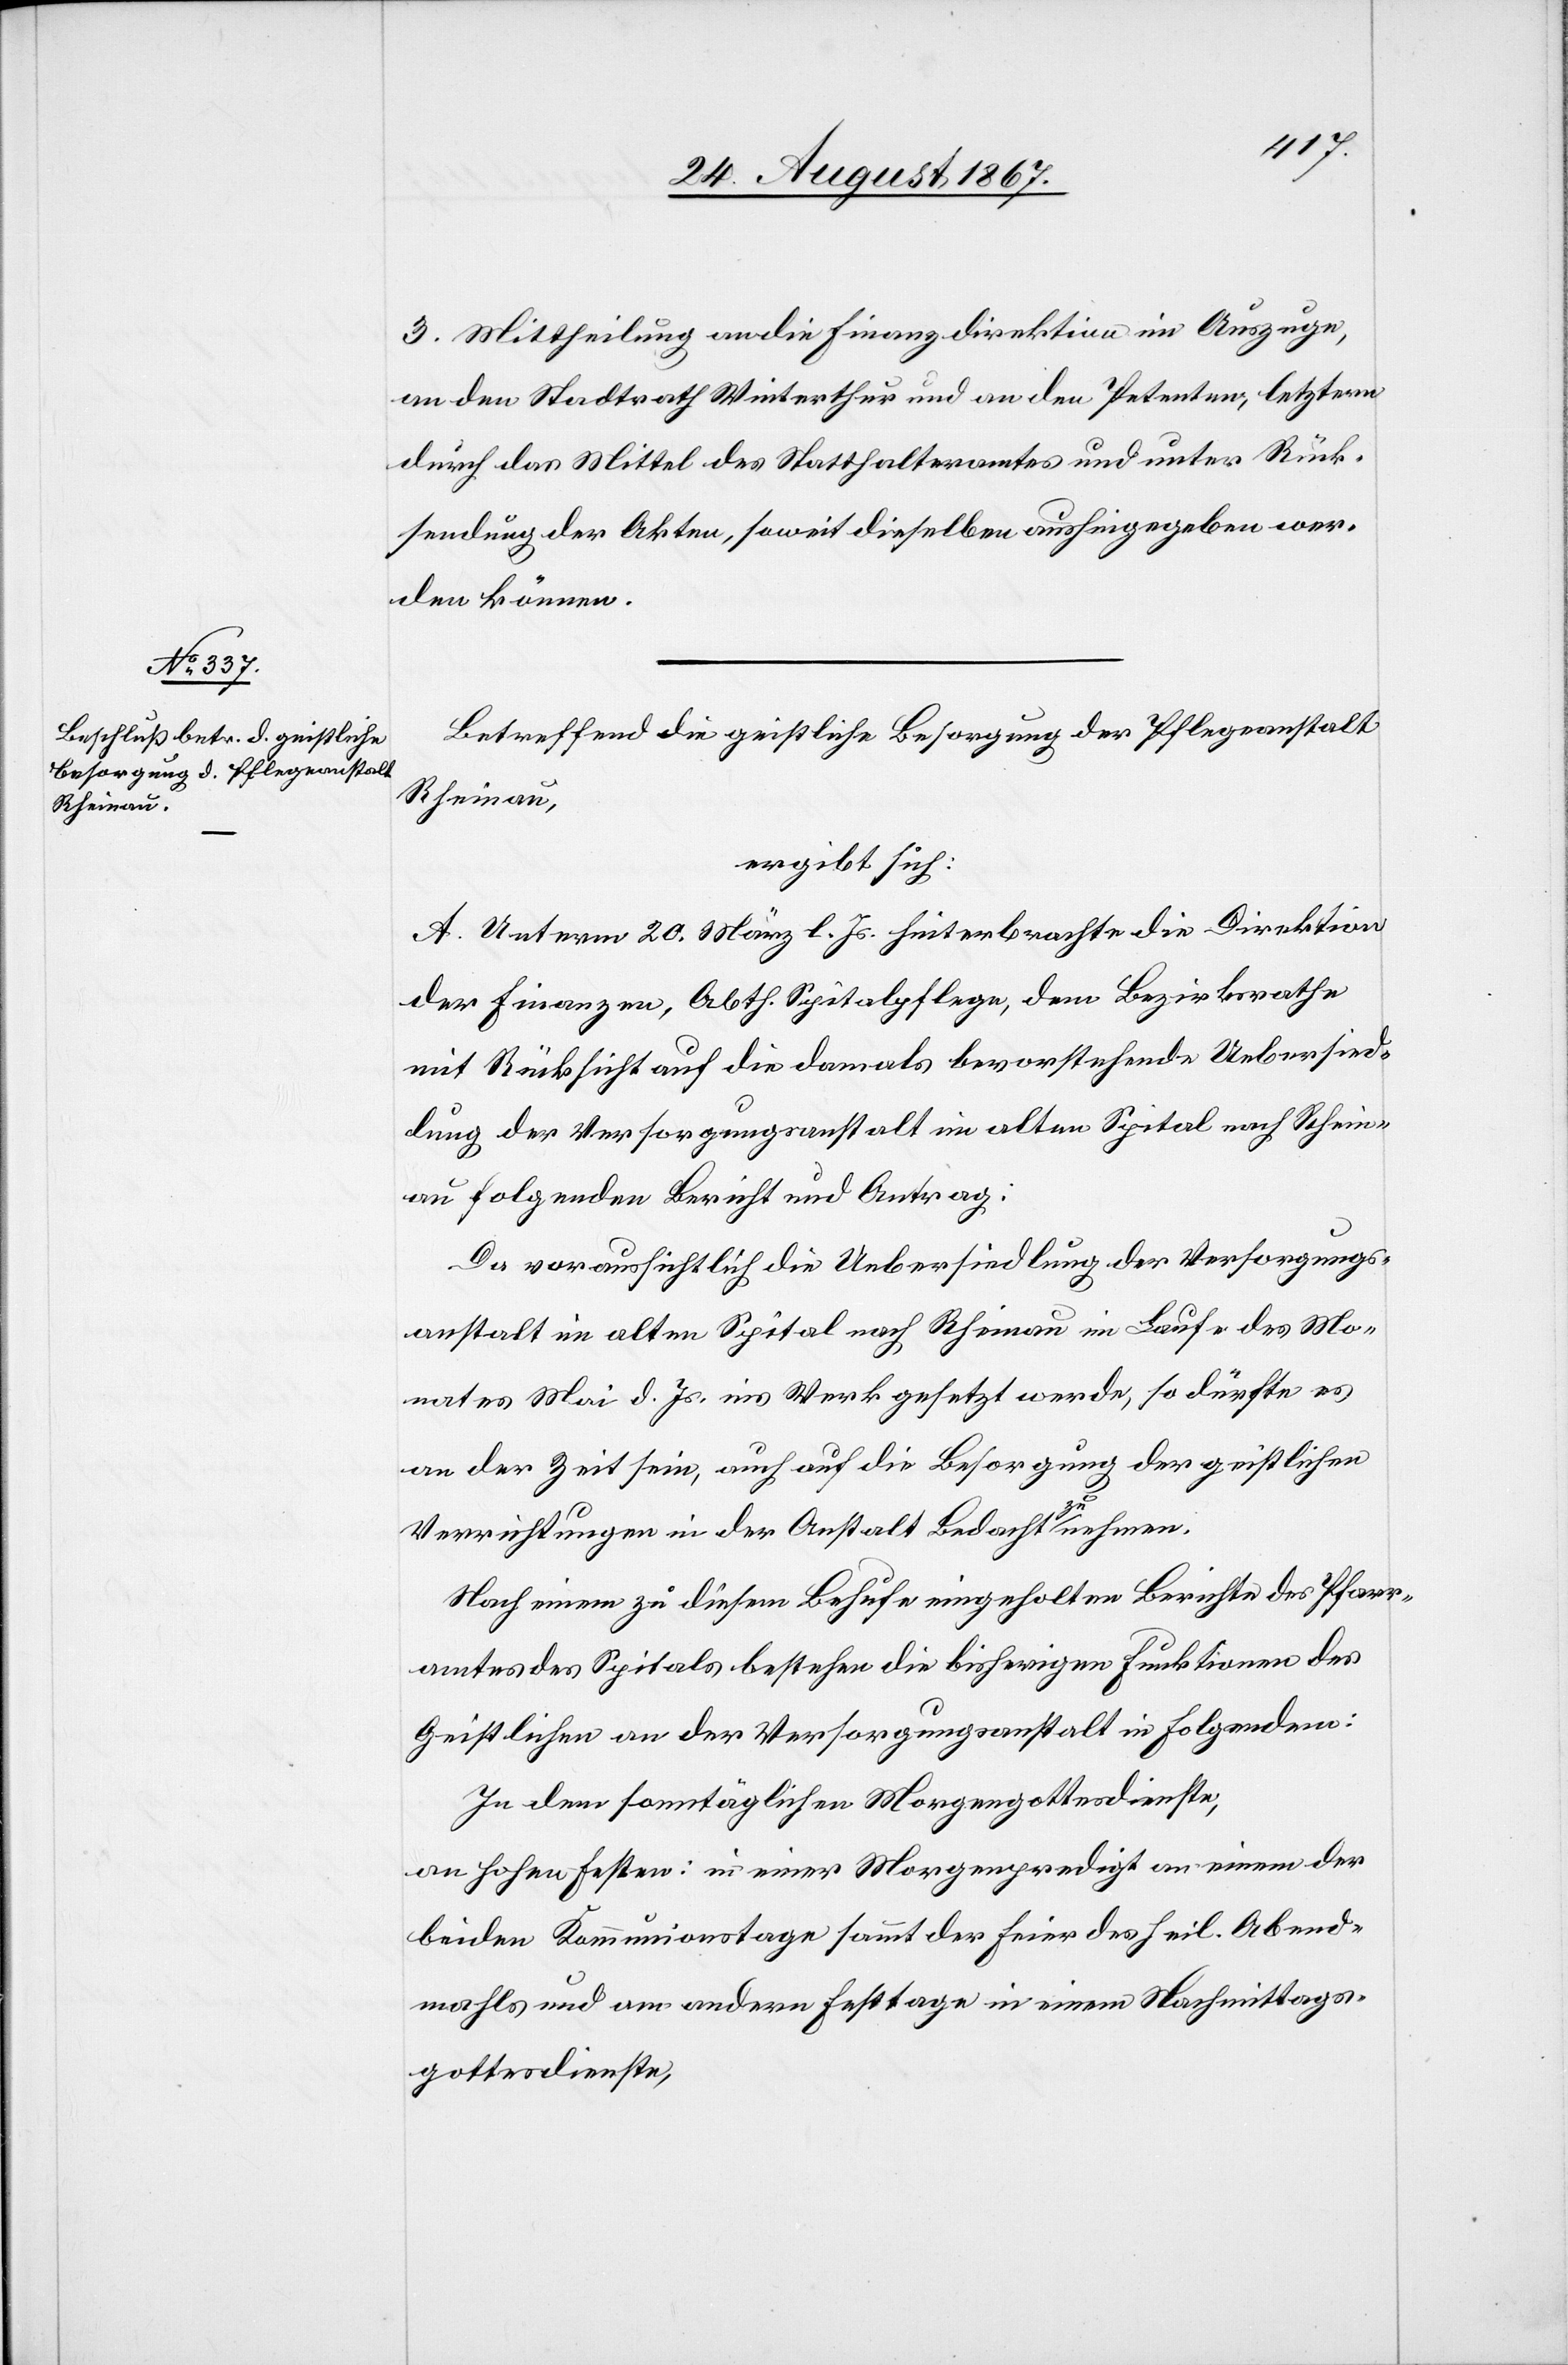
3. Mittheilung an die Finanzdirektion im Auszuge,
an den Stadtrath Winterthur und an den Petenten, letztern
durch das Mittel des Statthalteramtes und unter Rück¬
sendung der Akten, soweit dieselben aushingegeben wer¬
den können.
Betreffend die geistliche Besorgung der Pflegeanstalt
Rheinau,
ergibt sich:
A. Unterm 20. März l. Js. hinterbrachte die Direktion
der Finanzen, Abth. Spitalpflege, dem Bezirksrathe
mit Rücksicht auf die damals bevorstehende Uebersied¬
lung der Versorgungsanstalt im alten Spital nach Rhein¬
au folgenden Bericht und Antrag:
Da voraussichtlich die Uebersiedlung der Versorgungs¬
anstalt im alten Spital nach Rheinau im Laufe des Mo¬
nates Mai d. Js. ins Werk gesetzt werde, so dürfte es
an der Zeit sein, auch auf die Besorgung der geistlichen
Verrichtungen in der Anstalt Bedacht zu nehmen.
Nach einem zu diesem Behufe eingeholten Berichte des Pfarr¬
amtes des Spitals bestehen die bisherigen des Geistlichen an der
In dem sonntäglichen Morgengottesdienste,
an hohen Festen: in einer Morgenpredigt an einem der
beiden Kommunionstage sammt der Feier des heil. Abend¬
mahls und am andern Festtage in einem Nachmittags¬
gottesdienste,